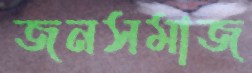
জনসমাজ